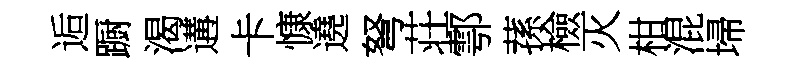
逅蹰渴遘卡慷遶弩荘鄠蓀檢灭柑混埽